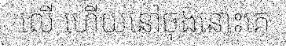
លើ ហើយនៅចុងនោះគេ